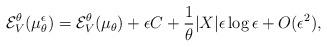
LaTeX: \begin{align*} \mathcal{E}_{V}^{\theta}({\mu}_{\theta}^{\epsilon}) = \mathcal{E}_{V}^{\theta}(\mu_{\theta}) + \epsilon C + \frac{1}{\theta}|X| \epsilon \log \epsilon + O(\epsilon^{2}),\end{align*}